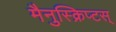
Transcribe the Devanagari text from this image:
मैनुस्क्रिप्टस्‌